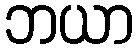
ဘယာ